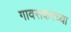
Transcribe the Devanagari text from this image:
गावसकरच्या